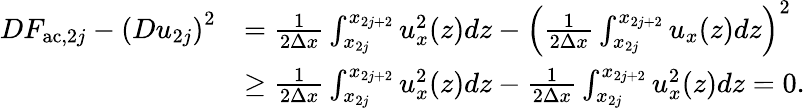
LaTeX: \begin{array}{rl}{DF_{\mathrm{ac},2j}-\left(Du_{2j}\right)^{2}}&{=\frac{1}{2\Delta x}\int_{x_{2j}}^{x_{2j+2}}u_{x}^{2}(z)dz-\left(\frac{1}{2\Delta x}\int_{x_{2j}}^{x_{2j+2}}u_{x}(z)dz\right)^{2}}\\ &{\geq\frac{1}{2\Delta x}\int_{x_{2j}}^{x_{2j+2}}u_{x}^{2}(z)dz-\frac{1}{2\Delta x}\int_{x_{2j}}^{x_{2j+2}}u_{x}^{2}(z)dz=0.}\end{array}